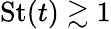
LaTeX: \textrm{St}(t)\gtrsim 1